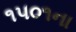
૧૫૦૧ના